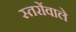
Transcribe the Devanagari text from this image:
स्तरोंवाले